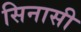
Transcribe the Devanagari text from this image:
सिनासी